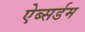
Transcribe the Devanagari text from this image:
ऐब्सर्डम